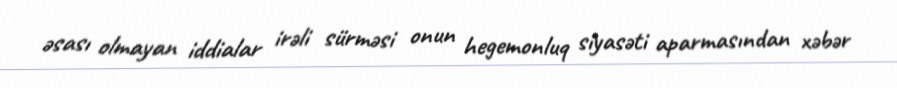
əsası olmayan iddialar irəli sürməsi onun hegemonluq siyasəti aparmasından xəbər